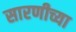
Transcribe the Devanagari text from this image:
सारणीच्या